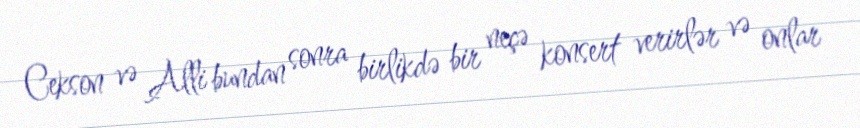
Cekson və Alli bundan sonra birlikdə bir neçə konsert verirlər və onlar